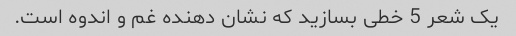
یک شعر 5 خطی بسازید که نشان دهنده غم و اندوه است.